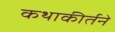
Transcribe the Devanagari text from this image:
कथाकीर्तने